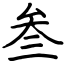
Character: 叁